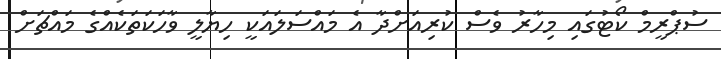
ސުޕްރީމް ކޯޓުގައި މިހާރު ވެސް ކުރިއަށްދާ އެ މައްސަލައަކީ ހިޔާލީ ވާހަކަތަކެއްގެ މައްޗަށް